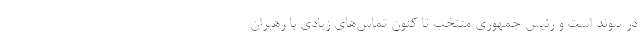
در پیوند است و رئیس جمهوری منتخب تا کنون تماس‌های زیادی با رهبران